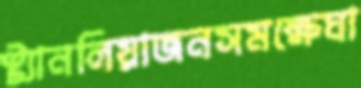
স্ট্যানলিয়াজনসমক্ষেঘা